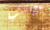
عجائب